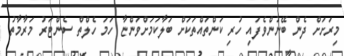
މިރަށަށް ދެން ބޭނުންވެފައި ހުރި ކަންތައްތަކަށް ބަލާކަމަށްވަންޏާ ހަމަ ހެލްތް ސެންޓަރު މަރާމާތު